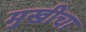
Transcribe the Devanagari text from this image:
मुखीचा